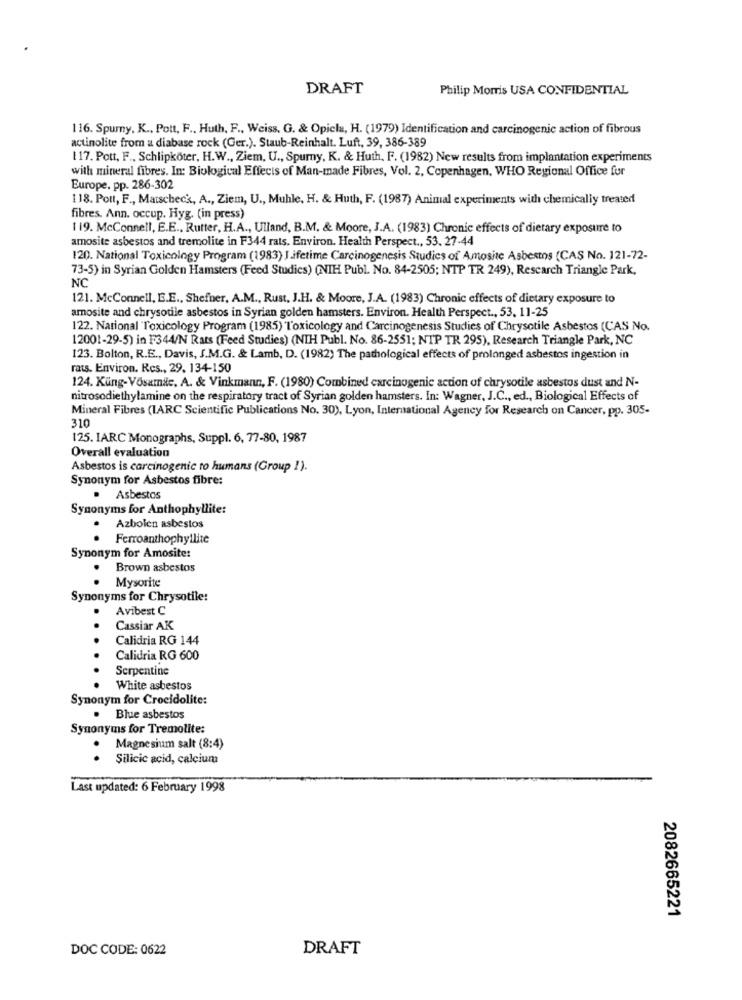
DRAFT
Philip Morris USA CONFIDENTIAL
116. Spury. K ., Pott, F ., Huth, F ., Weiss, G. & Opicla, H. (1979) Identification and carcinogenic action of fibrous
actinolite from a diabase rock (Ger.). Staub-Reinhalt. Luft, 39, 386-389
117. Pott. F ., Schlipköter, H.W ., Ziem, U ., Spurny, K. & Huth, F. (1982) New results from implantation experiments
with mineral fibres. In: Biological Effects of Man-made Fibres, Vol. 2, Copenhagen, WHO Regional Office fur
Europe. pp. 286-302
118. Pott, F ., Maischeck, A ., Ziem, U ., Muhle, H. & Huth, F. (1987) Animal experiments with chemically treated
fibres. Ann. occup. Hyg. (in press)
1 19. McConnell, E.E ., Rutter, H.A ., Ulland, B.M. & Moore, J.A. (1983) Chronic effects of dietary exposure to
amosite asbestos and tremolite in F344 rats. Environ. Health Perspect ., 53. 27-44
120. National Toxicology Program (1983) J.ifetime Carcinogenesis Studies of Amosite Asbestos (CAS No. 121-72-
73-5) in Syrian Golden Hamsters (Feed Studies) (NIH Publ. No. 84-2505; NTP TR 249), Research Triangle Park,
NC
121. McConnell, E.E ., Shefner, A.M ., Rust, J.H. & Moore, J.A. (1983) Chronic effects of dietary exposure to
amosite and chrysotile asbestos in Syrian golden hamsters. Environ. Health Perspect ., 53, 11-25
122. National Toxicology Program (1985) Toxicology and Carcinogenesis Studies of Chrysotile Asbestos (CAS No.
12001-29-5) in F344/N Rats (Feed Studies) (NIH Publ. No. 86-2551; NTP TR 295), Research Triangle Park, NC
123. Bolton, R.E ., Davis, S.M.G. & Lamb, D. (1982) The pathological effects of prolonged asbestos ingestion in
rats. Environ. Res ., 29, 134-150
124. Küng-VOsamic. A. & Vinkmann, F. (1980) Combined carcinogenic action of chrysotile asbestos dust and N-
nitrosodiethylamine on the respiratory tract of Syrian golden hamsters. In: Wagner, J.C ., ed ., Biological Effects of
Mineral Fibres (IARC Scientific Publications No. 30), Lyon, International Agency for Research on Cancer, pp. 305-
310
125. IARC Monographs, Suppl. 6, 77-80, 1987
Overall evaluation
Asbestos is carcinogenic to humans (Group 1).
Synonym for Asbestos fibre:
Asbestos
Synonyms for Anthophyllite:
Azbolen asbestos
.
Ferroanthophyllite
Synonym for Amosite:
Brown asbestos
.
Mysorite
Synonyms for Chrysotile:
Avibest C
Cassiar AK
Calidria RG 144
Calidria RG 600
Serpentine
White asbestos
Synonym for Crocidolite:
. Blue asbestos
Synonyms for Tremolite:
. Magnesium salt (8:4)
.
Silicic acid, calcium
Last updated: 6 February 1998
2082665221
DOC CODE: 0622
DRAFT